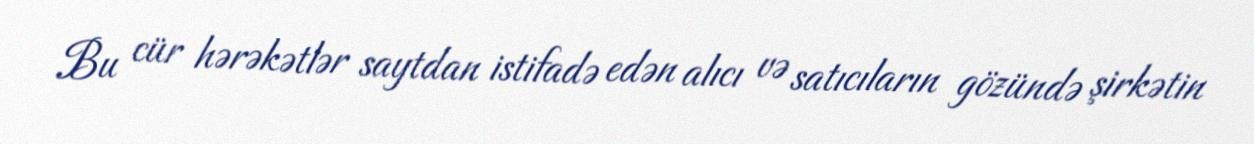
Bu cür hərəkətlər saytdan istifadə edən alıcı və satıcıların gözündə şirkətin